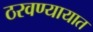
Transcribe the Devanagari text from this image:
ठरवण्यायात